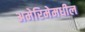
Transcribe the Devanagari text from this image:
अमेरिमेमधील